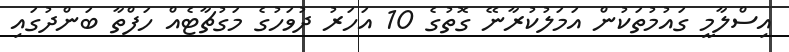
އިސްލާމީ ގައުމުތަކުން އަމަލުކުރާނޭ ގޮތުގެ 10 އަހަރު ދުވަހުގެ މަގުޗާޓެއް ހަފްތާ ބަންދުގައި